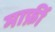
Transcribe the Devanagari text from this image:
मार्फ़ी